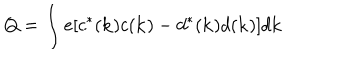
LaTeX: Q = \int e [ c ^ { \ast } ( { \bf k } ) c ( { \bf k } ) - d ^ { \ast } ( { \bf k } ) d ( { \bf k } ) ] d { \bf k }